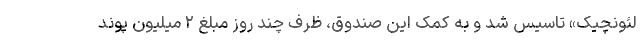
لئونچیک» تاسیس شد و به کمک این صندوق، ظرف چند روز مبلغ ۲ میلیون پوند